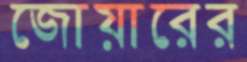
জোয়ারের